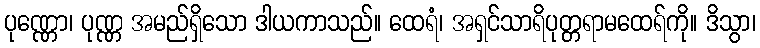
ပုဏ္ဏော၊ ပုဏ္ဏ အမည်ရှိသော ဒါယကာသည်။ ထေရံ၊ အရှင်သာရိပုတ္တရာမထေရ်ကို။ ဒိသွာ၊